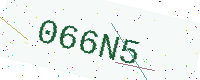
Text: 066N5